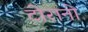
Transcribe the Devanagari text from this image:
टोरानो